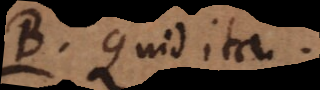
B. Quid ita.